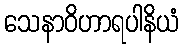
သေနာဝိဟာရပါနိယံ